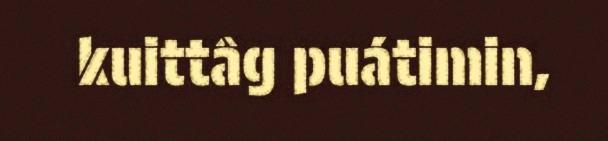
kuittâg puátimin,